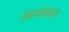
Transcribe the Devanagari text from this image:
हस्तक्षेपाचे